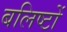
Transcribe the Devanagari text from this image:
बलिष्टों